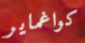
كواغماير